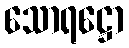
သောရဋ္ဌော